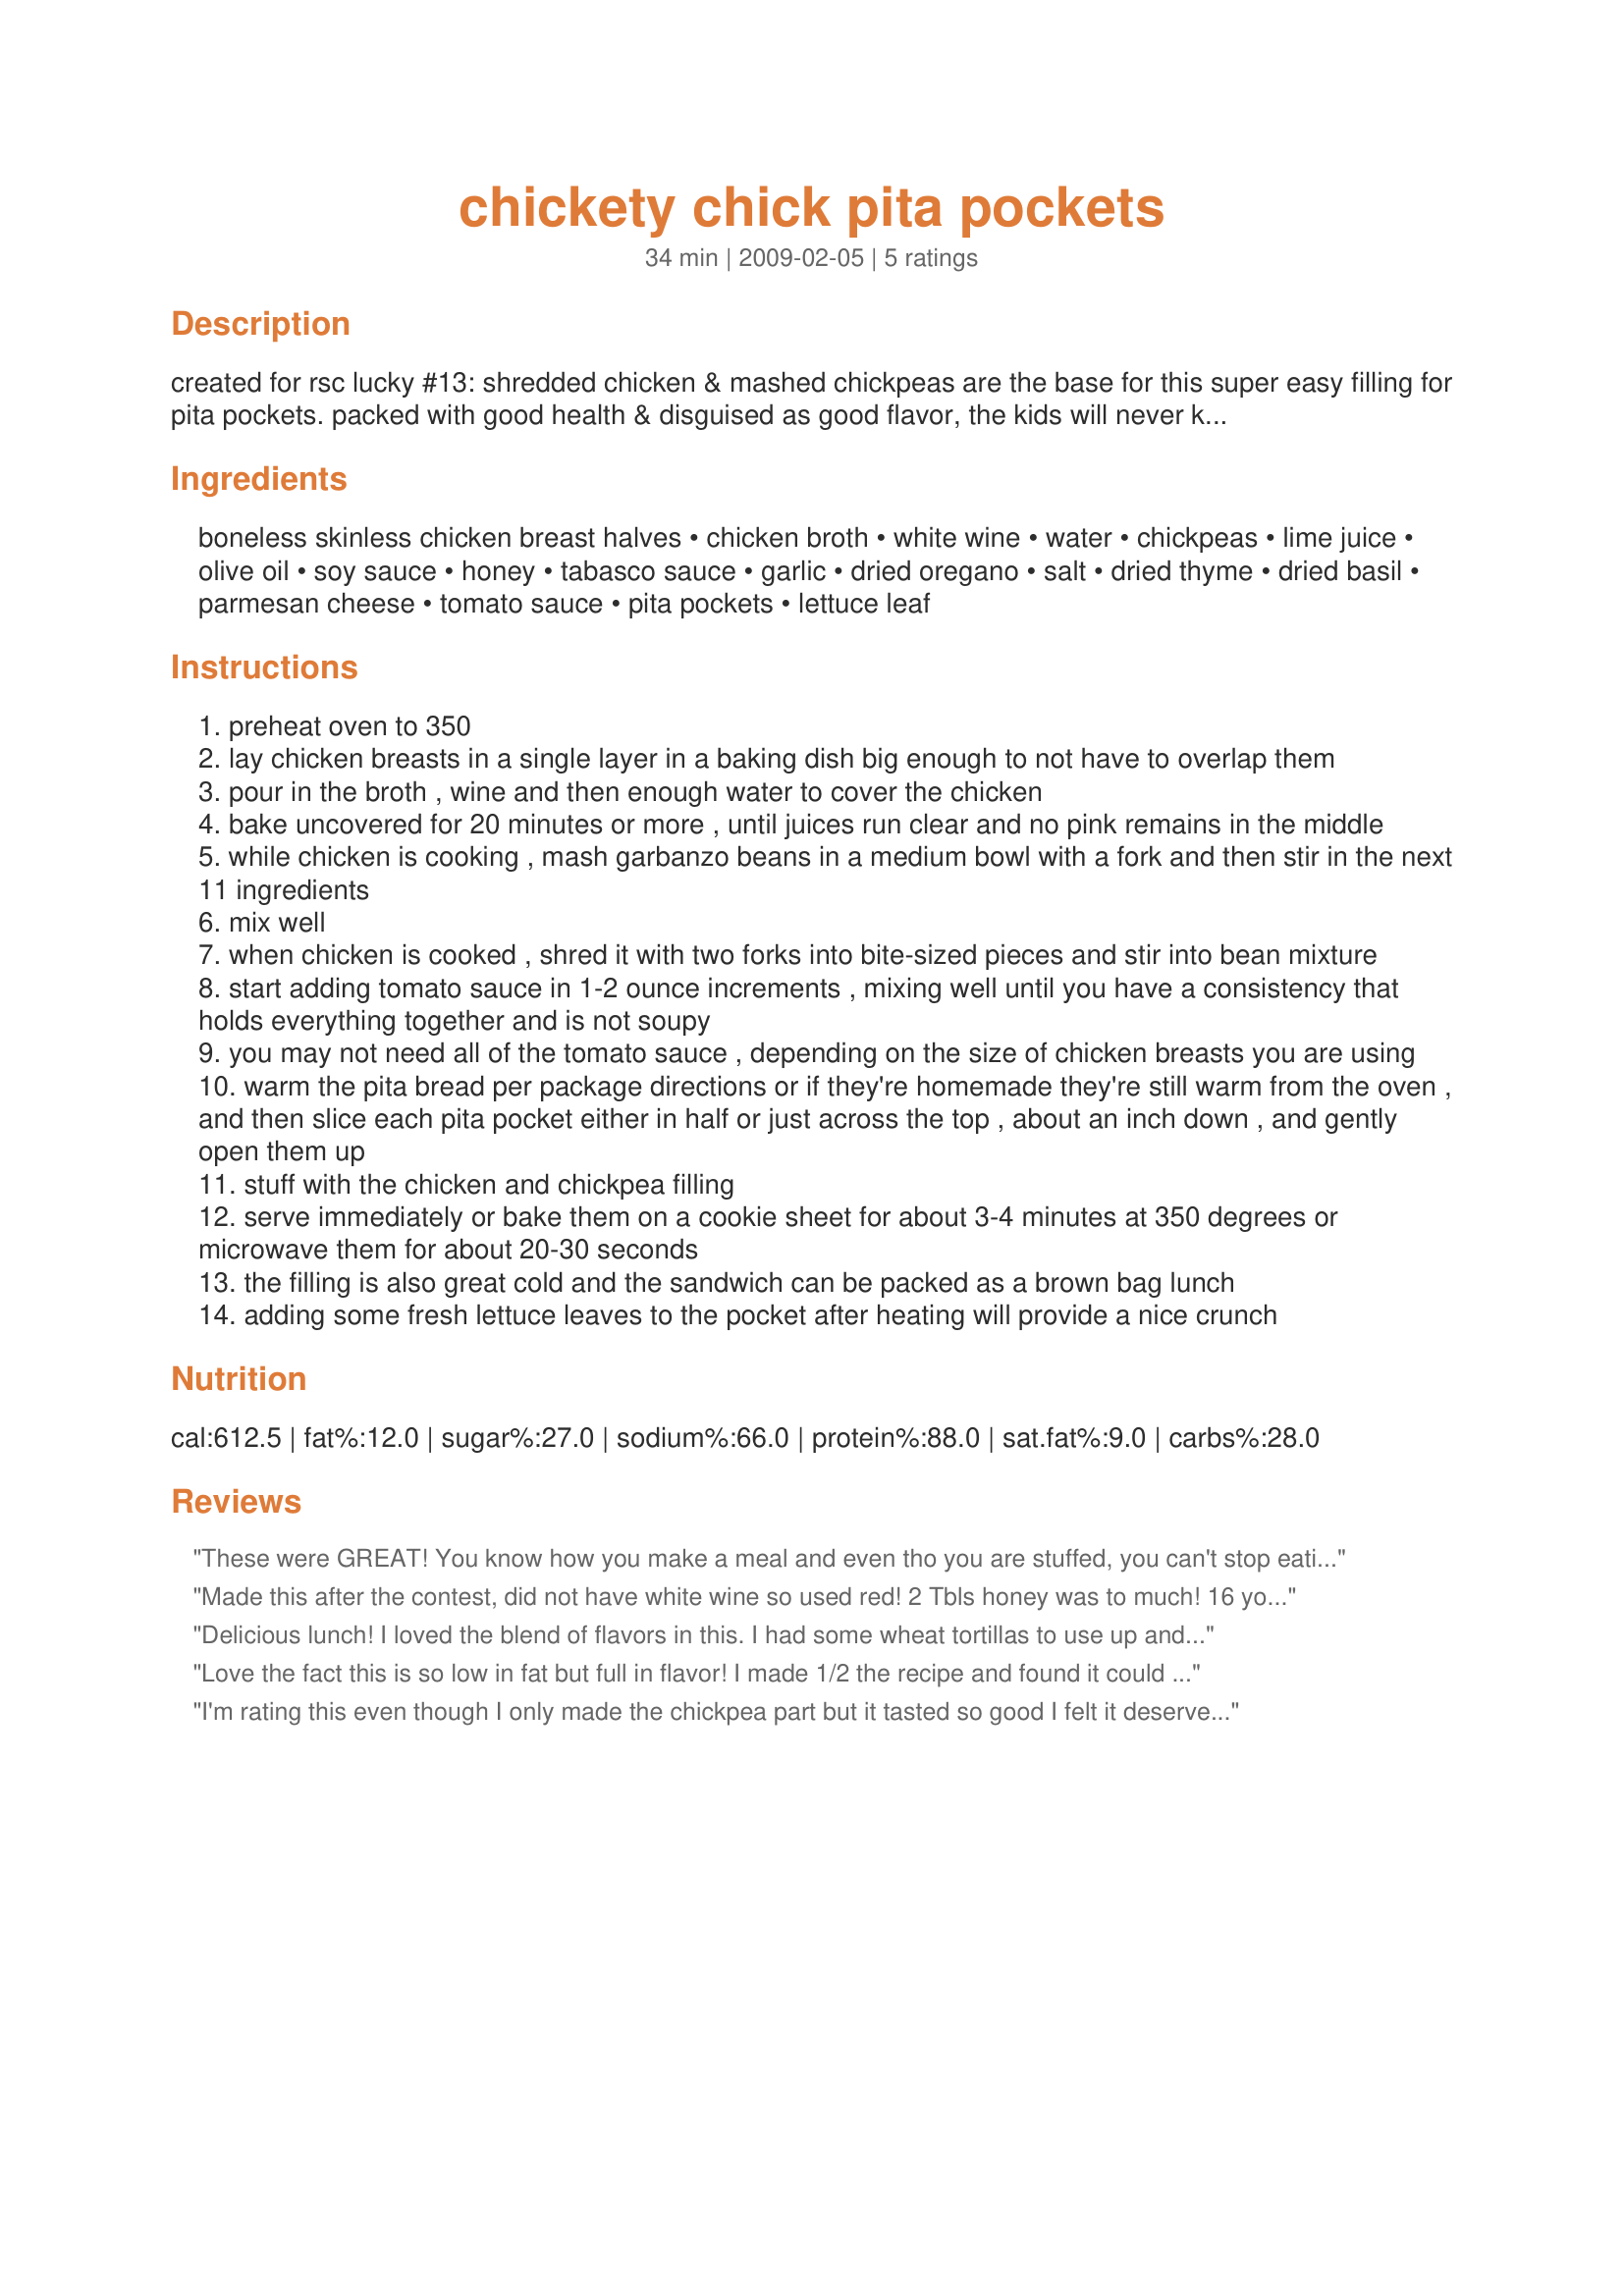
chickety chick pita pockets
Preparation time: 34 minutes

created for rsc lucky #13: shredded chicken & mashed chickpeas are the base for this super easy filling for pita pockets. packed with good health & disguised as good flavor, the kids will never know it contains one of the healthiest foods on the planet!
can be eaten hot or cold & is great for brown bag lunches. note: prep time includes cooking the chicken. cook time is for heating sandwiches, if desired.

Ingredients:
boneless skinless chicken breast halves, chicken broth, white wine, water, chickpeas, lime juice, olive oil, soy sauce, honey, tabasco sauce, garlic, dried oregano, salt, dried thyme, dried basil, parmesan cheese, tomato sauce, pita pockets, lettuce leaf

Steps:
preheat oven to 350
lay chicken breasts in a single layer in a baking dish big enough to not have to overlap them
pour in the broth , wine and then enough water to cover the chicken
bake uncovered for 20 minutes or more , until juices run clear and no pink remains in the middle
while chicken is cooking , mash garbanzo beans in a medium bowl with a fork and then stir in the next 11 ingredients
mix well
when chicken is cooked , shred it with two forks into bite-sized pieces and stir into bean mixture
start adding tomato sauce in 1-2 ounce increments , mixing well until you have a consistency that holds everything together and is not soupy
you may not need all of the tomato sauce , depending on the size of chicken breasts you are using
warm the pita bread per package directions or if they're homemade they're still warm from the oven , and then slice each pita pocket either in half or just across the top , about an inch down , and gently open them up
stuff with the chicken and chickpea filling
serve immediately or bake them on a cookie sheet for about 3-4 minutes at 350 degrees or microwave them for about 20-30 seconds
the filling is also great cold and the sandwich can be packed as a brown bag lunch
adding some fresh lettuce leaves to the pocket after heating will provide a nice crunch

Reviews:
These were GREAT! You know how you make a meal and even tho you are stuffed, you can't stop eating it? Happened to me and the hubby tonight with these! And I changed a few things, but I know you won't mind, b/c the general essence of it was still there and we loved it! I didn't have lime juice so I did lemon and didn't have pita bread so I served them open-faced after putting under the broiler on naan bread. SO yummy! And I have leftover mix for lunch tomorrow-can't wait! This was such an interesting combo of ingredients, I don't know how you came up with it! I want to try it with tuna maybe next time. Such a great protein-packed spread to have in the fridge ready to go. Thanks so much Tink!
Made this after the contest, did not have white wine so used red!
2 Tbls honey was to much!
16 yo DD said this was not to be fixed again.
Personaly I kinda liked it , needed more heat and less sweat! Garlic could have been increaded also!
Delicious lunch! I loved the blend of flavors in this. I had some wheat tortillas to use up and this one caught my eye. Next time I'll have to try with pita pockets. I made this with 3 chicken breasts and used all of the tomato sauce with it. I cooked the chicken with just the wine and broth in a skillet and added water only when they had reduced too much to increase the flavor of the chicken. Thanks for a wonderful recipe! Made for ZWT6.
Love the fact this is so low in fat but full in flavor! I made 1/2 the recipe and found it could serve 4 with no problem! I used Knorr chipotle cubes added to the wine and water using no broth. I did blend the ingredients in the blender,(for extra smoothnes) before adding the shredded chicken. Added some chipotle flakes to the mixture. This reminded me of pulled pork and a sloppy joe in one! Now how can you go wrong!!!! Thanks!
I'm rating this even though I only made the chickpea part but it tasted so good I felt it deserved it! I put the chickpeas into the food processor with most of the 11 ingredients apart from the basil and parmesan as I didn't have any. Instead I used some red pesto. I served this in pita pockets with some feta cheese and lettuce and it made a brilliant lunch. Thanks!
